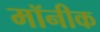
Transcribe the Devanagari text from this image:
मॉनीक